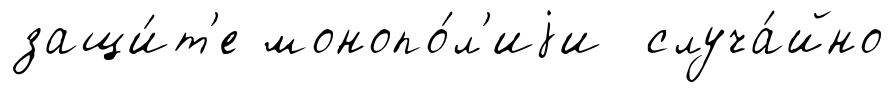
защи́т'е монопо́л'иjи случа́йно